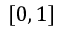
[ 0 , 1 ]